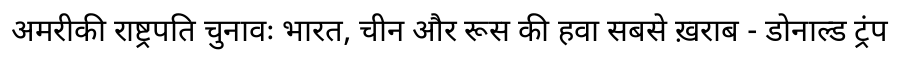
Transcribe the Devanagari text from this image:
अमरीकी राष्ट्रपति चुनावः भारत, चीन और रूस की हवा सबसे ख़राब - डोनाल्ड ट्रंप